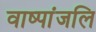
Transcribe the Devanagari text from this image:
वाष्पांजलि